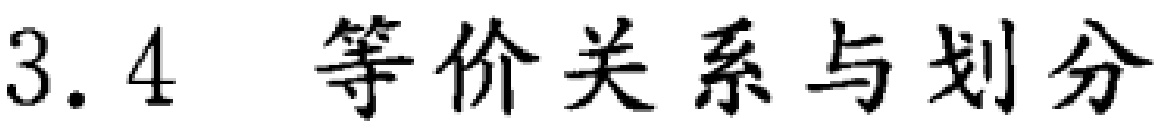
3.4 等价关系与划分